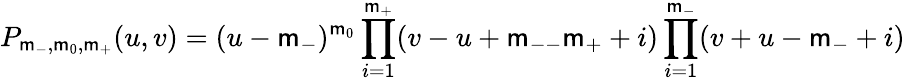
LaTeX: P_{\mathsf{m}_{-},\mathsf{m}_{0},\mathsf{m}_{+}}(u,v)=(u-\mathsf{m}_{-})^{\mathsf{m}_{0}}\prod_{i=1}^{\mathsf{m}_{+}}(v-u+\mathsf{m}_{--}\mathsf{m}_{+}+i)\prod_{i=1}^{\mathsf{m}_{-}}(v+u-\mathsf{m}_{-}+i)